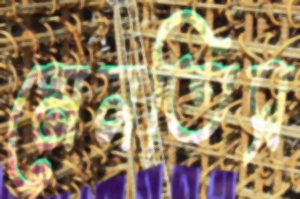
মেলতিস